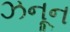
ઝનૂન